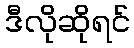
ဒီလိုဆိုရင်